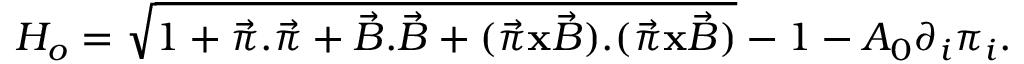
H _ { o } = \sqrt { 1 + \vec { \pi } . \vec { \pi } + \vec { B } . \vec { B } + ( \vec { \pi } { \bf x } \vec { B } ) . ( \vec { \pi } { \bf x } \vec { B } ) } - 1 - A _ { 0 } \partial _ { i } \pi _ { i } .